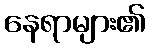
နေရာများ၏